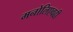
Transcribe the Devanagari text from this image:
मनोलिएवढी